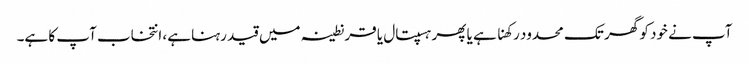
آپ نے خود کو گھر تک محدود رکھنا ہے یا پھر ہسپتال یا قرنطینہ میں قید رہنا ہے، انتخاب آپ کا ہے۔